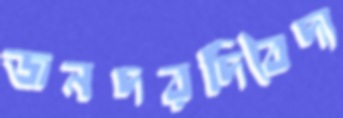
জনদরদিবৈদ্য